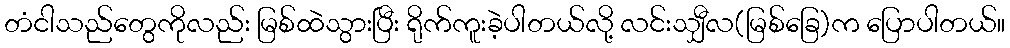
တံငါသည်တွေကိုလည်း မြစ်ထဲသွားပြီး ရိုက်ကူးခဲ့ပါတယ်လို့ လင်းသျှီလ(မြစ်ခြေ)က ပြောပါတယ်။